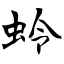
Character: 蛉